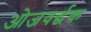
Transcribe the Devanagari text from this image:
ओजवर्द्धक